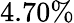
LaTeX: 4.70\%